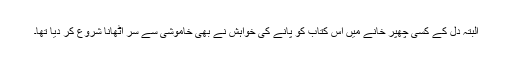
البتہ دل کے کسی چھپر خانے میں اس کتاب کو پانے کی خواہش نے بھی خاموشی سے سر اٹھانا شروع کر دیا تھا۔